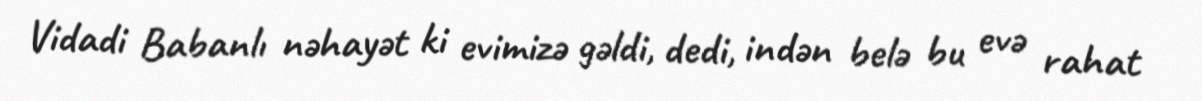
Vidadi Babanlı nəhayət ki evimizə gəldi, dedi, indən belə bu evə rahat